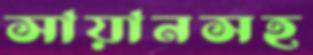
সায়ানসহ